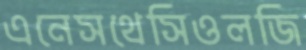
এনেসথেসিওলজি